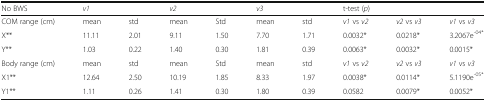
| No BWS | <COLSPAN=2> v1 | <COLSPAN=2> v2 | <COLSPAN=2> v3 | <COLSPAN=3> t-test (p) |
 | --- | --- | --- | --- | --- | --- | --- | --- | --- | --- |
 | COM range (cm) | mean | std | mean | Std | mean | std | v1 vs v2 | v2 vs v3 | v1 vs v3 |
 | X** | 11.11 | 2.01 | 9.11 | 1.50 | 7.70 | 1.71 | 0.0032* | 0.0218* | 3.2067e-04* |
 | Y** | 1.03 | 0.22 | 1.40 | 0.30 | 1.81 | 0.39 | 0.0063* | 0.0032* | 0.0015* |
 | Body range (cm) | mean | std | mean | Std | mean | std | v1 vs v2 | v2 vs v3 | v1 vs v3 |
 | X1** | 12.64 | 2.50 | 10.19 | 1.85 | 8.33 | 1.97 | 0.0038* | 0.0114* | 5.1190e-05* |
 | Y1** | 1.11 | 0.26 | 1.41 | 0.30 | 1.80 | 0.39 | 0.0582 | 0.0079* | 0.0052* |